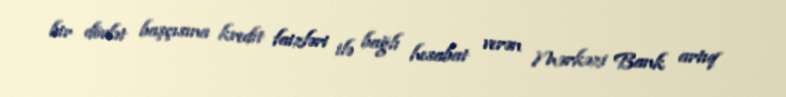
bir dövlət başçısına kredit faizləri ilə bağlı hesabat verən Mərkəzi Bank artıq